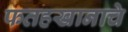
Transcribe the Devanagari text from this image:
फतहखानाचे